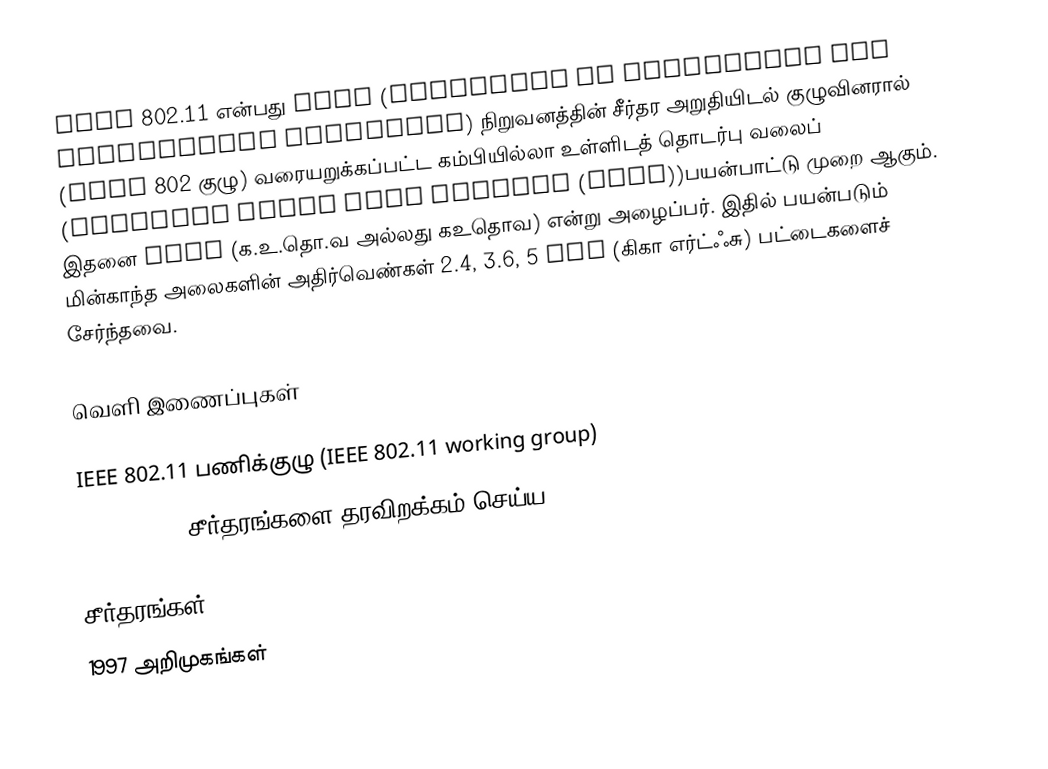
IEEE 802.11 என்பது IEEE (Institute of Electrical and Electronics Engineers) நிறுவனத்தின் சீர்தர அறுதியிடல் குழுவினரால் (IEEE 802 குழு) வரையறுக்கப்பட்ட கம்பியில்லா உள்ளிடத் தொடர்பு வலைப் (wireless local area network (WLAN))பயன்பாட்டு முறை ஆகும். இதனை WLAN (க.உ.தொ.வ அல்லது கஉதொவ) என்று அழைப்பர். இதில் பயன்படும் மின்காந்த அலைகளின் அதிர்வெண்கள் 2.4, 3.6, 5 GHz (கிகா எர்ட்ஃசு) பட்டைகளைச் சேர்ந்தவை.

வெளி இணைப்புகள்

 IEEE 802.11 பணிக்குழு (IEEE 802.11 working group)
 IEEE 802.11 சீர்தரங்களை தரவிறக்கம் செய்ய-Download the 802.11 standards from IEEE

சீர்தரங்கள்
1997 அறிமுகங்கள்